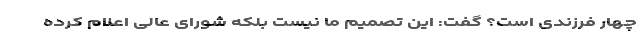
چهار فرزندی است؟ گفت: این تصمیم ما نیست بلکه شورای عالی اعلام کرده